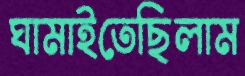
ঘামাইতেছিলাম